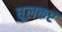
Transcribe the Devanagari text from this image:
घूलकर